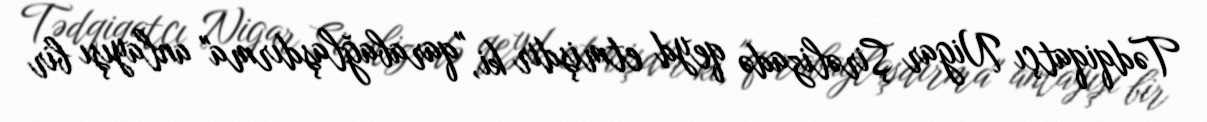
Tədqiqatçı Nigar Şirəlizadə qeyd etmişdir ki, "qarabağlaşdırma" anlayışı bir